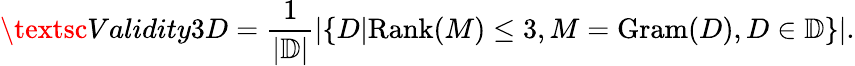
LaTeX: \textsc{Validity3D}=\frac{1}{|\mathbb{D}|}|\{ D|\textrm{Rank}(M)\le 3,M=\textrm{Gram}(D),D\in\mathbb{D}\} |.